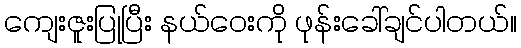
ကျေးဇူးပြုပြီး နယ်ဝေးကို ဖုန်းခေါ်ချင်ပါတယ်။